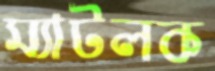
ম্যাটলক